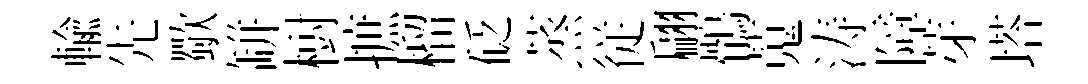
輸先歜缾𣗳摭榴砭蒸従翩鶻蒐涛障芽塔